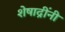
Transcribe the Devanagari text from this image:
शेषाद्रींनी